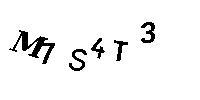
M1S4T3